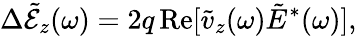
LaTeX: \Delta\tilde{\mathcal{E}}_{z}(\omega)=2q\, \mathrm{Re}[\tilde{v}_{z}(\omega)\tilde{E}^{*}(\omega)],